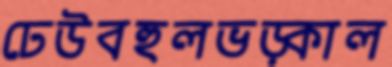
ঢেউবহুলভড়্‌কাল